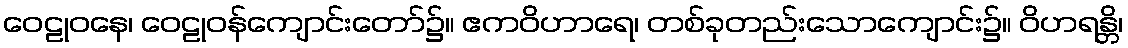
ဝေဠုဝနေ၊ ဝေဠုဝန်ကျောင်းတော်၌။ ဧကဝိဟာရေ၊ တစ်ခုတည်းသောကျောင်း၌။ ဝိဟရန္တိ၊